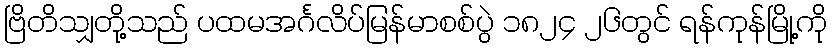
ဗြိတိသျှတို့သည် ပထမအင်္ဂလိပ်မြန်မာစစ်ပွဲ ၁၈၂၄ ၂၆တွင် ရန်ကုန်မြို့ကို